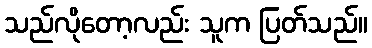
သည်လိုတော့လည်း သူက ပြတ်သည်။